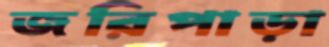
জরিপাড়া